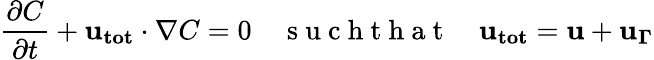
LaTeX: \frac{\partial C}{\partial t}+\mathbf{u_{tot}}\cdot\nabla C=0\quad\mathrm{~s~u~c~h~t~h~a~t~}\quad\mathbf{u_{tot}}=\mathbf{u}+\mathbf{u_{\Gamma}}